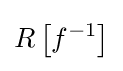
R\left[f^{-1}\right]